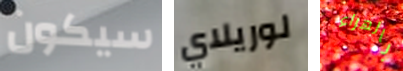
سيكون لوريلاي بالهراء